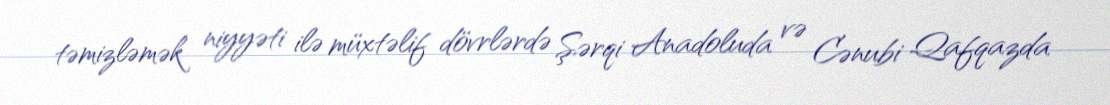
təmizləmək niyyəti ilə müxtəlif dövrlərdə Şərqi Anadoluda və Cənubi Qafqazda